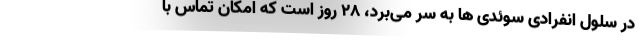
در سلول انفرادی سوئدی ها به سر می‌برد، ۲۸ روز است که امکان تماس با